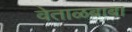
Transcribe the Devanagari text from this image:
वेताळबाबा